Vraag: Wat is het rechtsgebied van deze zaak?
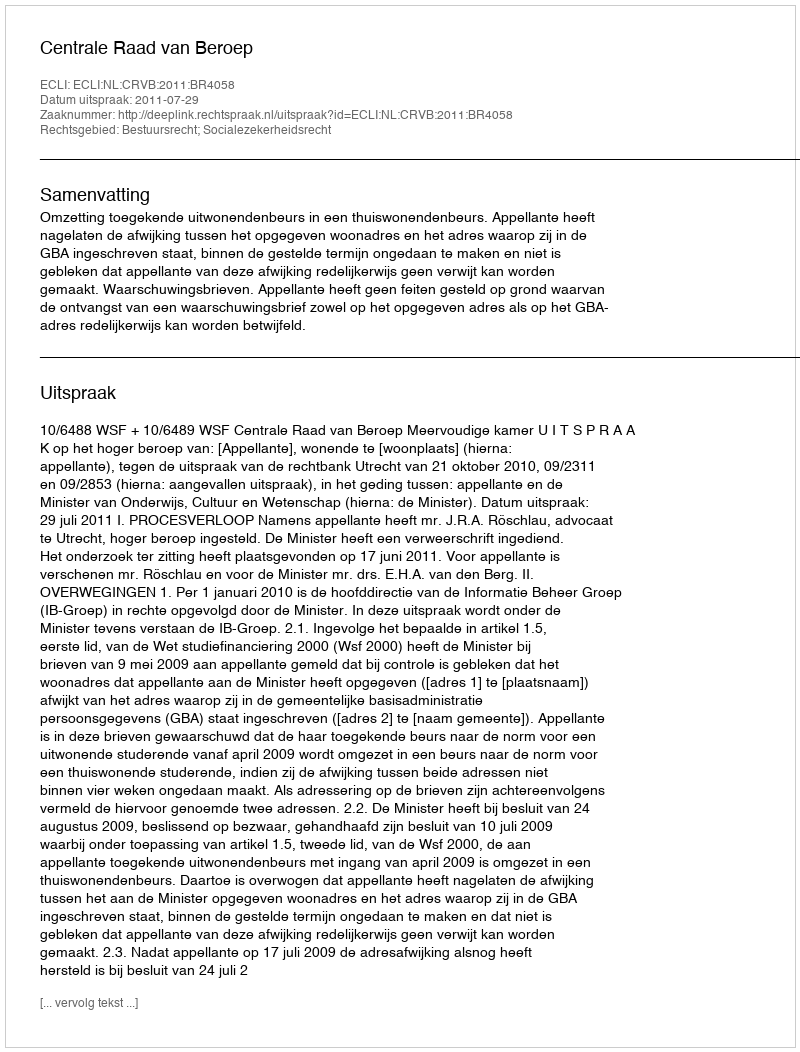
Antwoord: Bestuursrecht; Socialezekerheidsrecht